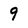
Character: 9